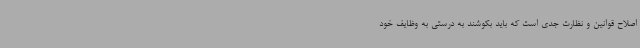
اصلاح قوانین و نظارت جدی است که باید بکوشند به درستی به وظایف خود